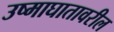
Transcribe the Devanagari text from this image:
उष्माघातावरील